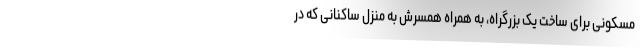
مسکونی برای ساخت یک بزرگراه، به همراه همسرش به منزل ساکنانی که در